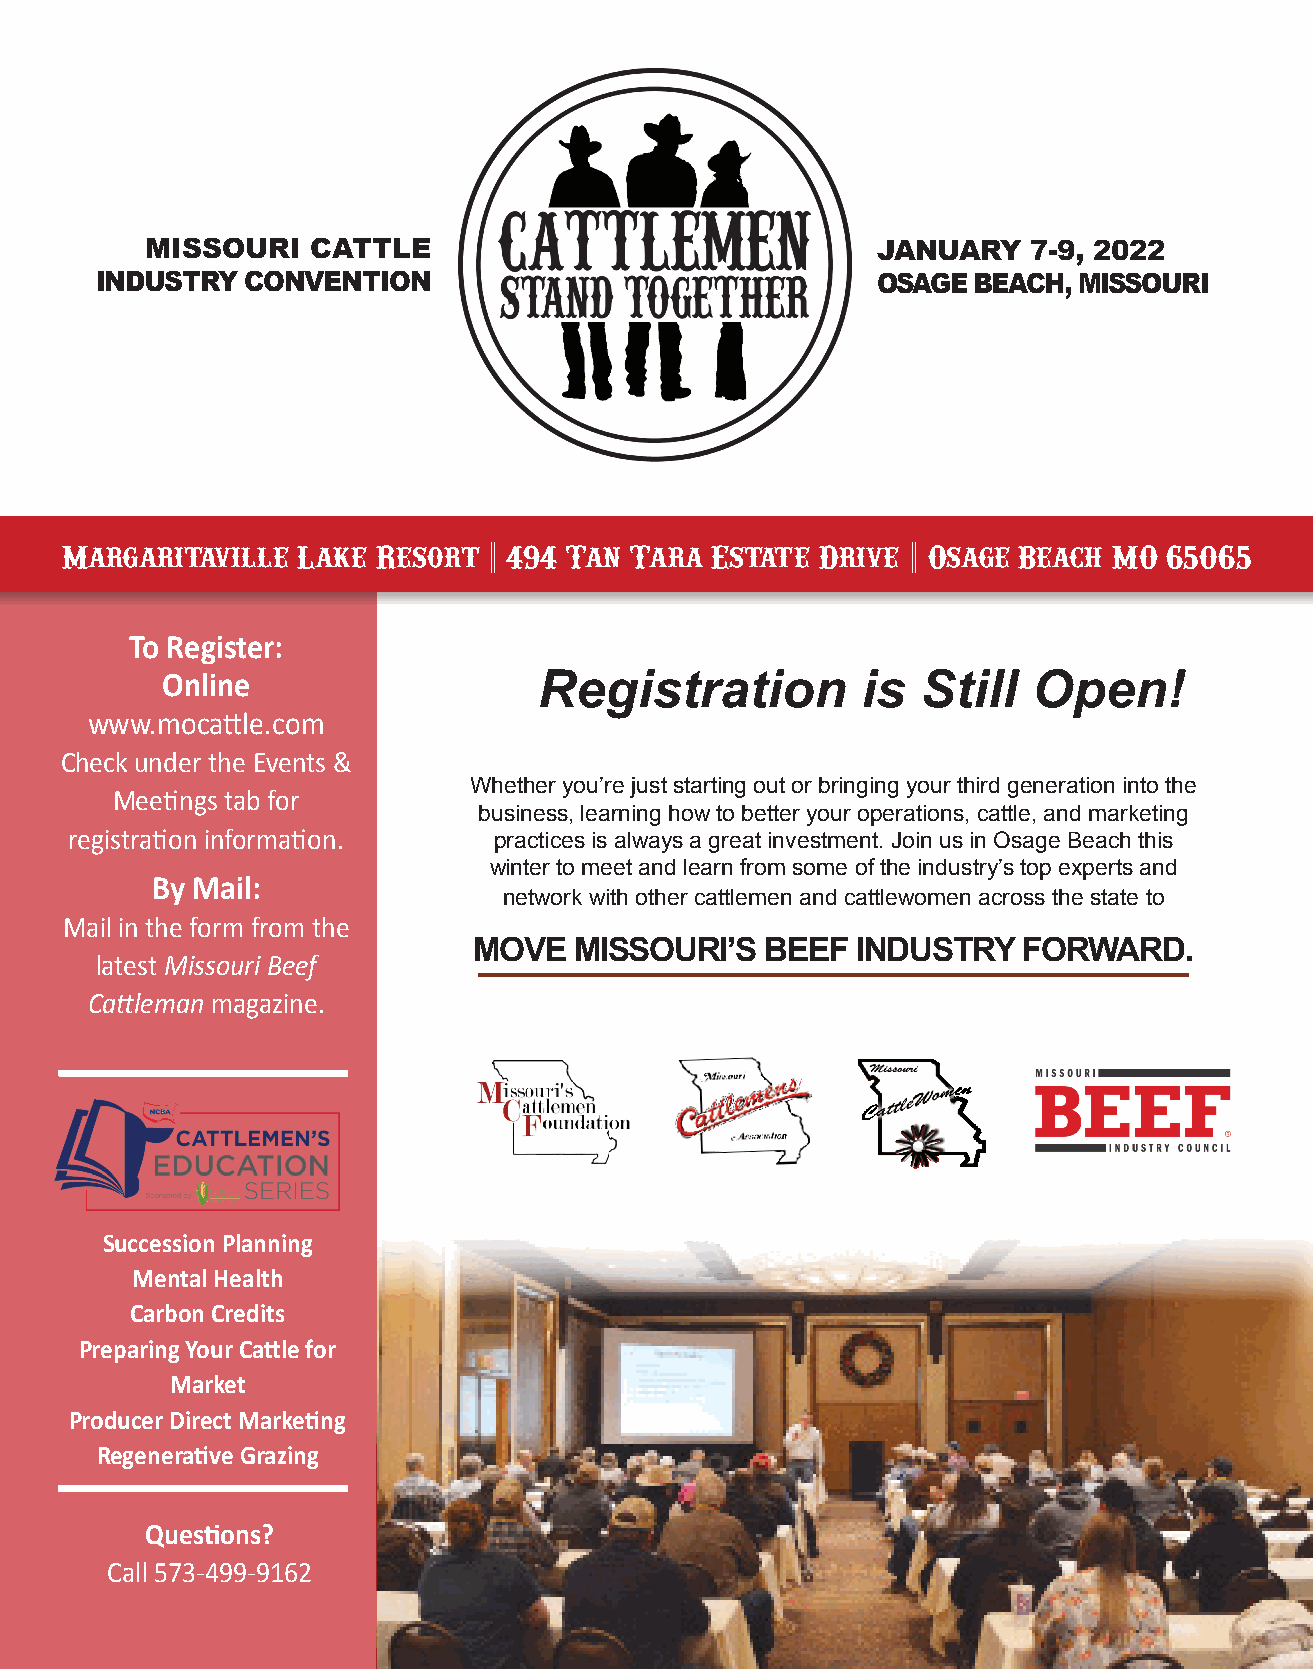
MISSOURI   CATTLE                               JANUARY   7-9, 2022
 INDUSTRY  CONVENTION                                OSAGE BEACH, MISSOURI
 Margaritaville  Lake Resort | 494 Tan Tara Estate Drive | Osage Beach,MO 65065
 To Register:
 Online                   Registration         is  Still  Open!
 www.mocattle.com
 Check under the Events &
 Whether you’re just starting out or bringing your third generation into the
 Meetings tab for
 business, learning how to better your operations, cattle, and marketing
 registration information.   practices is always a great investment. Join us in Osage Beach this
 winter to meet and learn from some of the industry’s top experts and
 By Mail:
 network with other cattlemen and cattlewomen across the state to
 Mail in the form from the
 MOVE   MISSOURI’S   BEEF  INDUSTRY   FORWARD.
 latest Missouri Beef
 Cattleman magazine.
 Succession Planning
 Mental Health
 Carbon Credits
 Preparing Your Cattle for
 Market
 Producer Direct Marketing
 Regenerative Grazing
 Questions?
 Call 573-499-9162